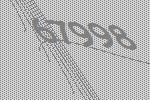
67998